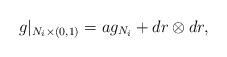
LaTeX: \begin{align*}g|_{N_i\times(0,1)}=ag_{N_i}+dr\otimes dr,\end{align*}